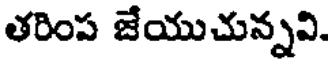
తరింప జేయుచున్నవి.